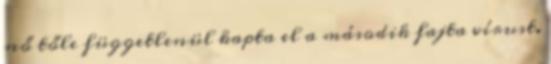
nő tőle függetlenül kapta el a második fajta vírust.